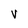
Character: V